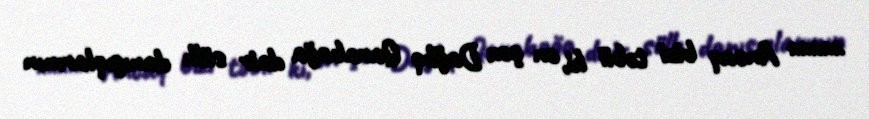
***** Ancaq bizi təbii ki, ən çox Dağlıq Qarabağa dair sülh danışıqlarının